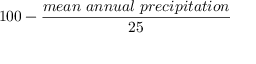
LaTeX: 1 0 0 - { \frac { m e a n \ a n n u a l \ p r e c i p i t a t i o n } { 2 5 } }